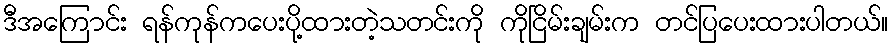
ဒီအကြောင်း ရန်ကုန်ကပေးပို့ထားတဲ့သတင်းကို ကိုငြိမ်းချမ်းက တင်ပြပေးထားပါတယ်။